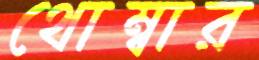
থোম্বার